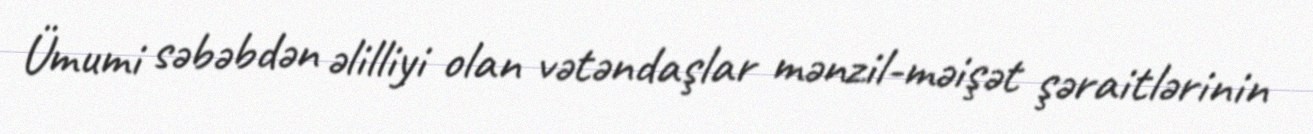
Ümumi səbəbdən əlilliyi olan vətəndaşlar mənzil-məişət şəraitlərinin